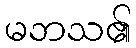
မဘသ၏